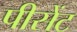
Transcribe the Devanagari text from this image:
पीसेंट